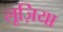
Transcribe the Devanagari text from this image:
लूज़िया